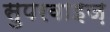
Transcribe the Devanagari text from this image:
सुपरवाइज़